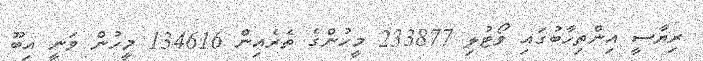
ރިޔާސީ އިންތިހާބުގައި ވޯޓުލި 233877 މީހުންގެ ތެރެއިން 134616 މީހުން ވަނީ އިބޫ